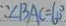
\because \angle B A C = 6 0 ^ { \circ }